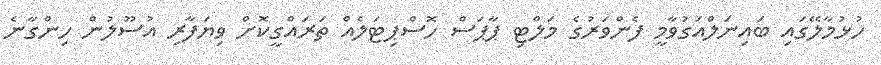
ހުޅުމާލޭގައި ބައިނަލްއަގުވާމީ ފެންވަރުގެ މަލްޓި ޕާޕަސް ހޮސްޕިޓަލެއް ތަރައްގީކޮށް ވިޔަފާރި އުސޫލުން ހިންގާނެ